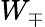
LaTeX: W_{\mp}